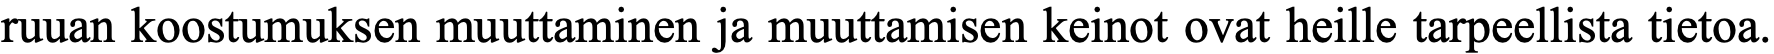
ruuan koostumuksen muuttaminen ja muuttamisen keinot ovat heille tarpeellista tietoa.